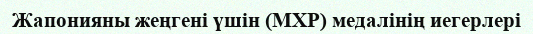
Жапонияны жеңгені үшін (МХР) медалінің иегерлері